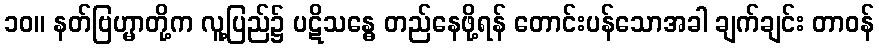
၁၀။ နတ်ဗြဟ္မာတို့က လူ့ပြည်၌ ပဋိသန္ဓေ တည်နေဖို့ရန် တောင်းပန်သောအခါ ချက်ချင်း တာဝန်